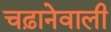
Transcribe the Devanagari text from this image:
चढ़ानेवाली